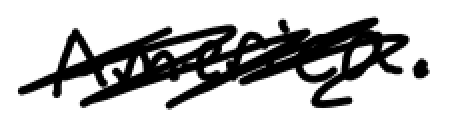
Text: America.
Cross-out: scratch
Writing tool: digital_black